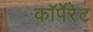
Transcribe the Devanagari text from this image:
काॅर्पेरेट